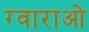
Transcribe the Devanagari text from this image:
ग्वाराओ